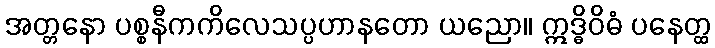
အတ္တနော ပစ္စနီကကိလေသပ္ပဟာနတော ယညော။ ဣဒ္ဓိဝိဓံ ပနေတ္ထ